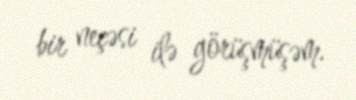
bir neçəsi ilə görüşmüşəm.